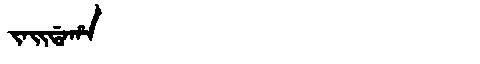
Manchu: ᠵᠠᡳᡩᠠᡥᠠ
Romanization: JAIDAHA